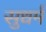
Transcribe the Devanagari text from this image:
सुधर्म